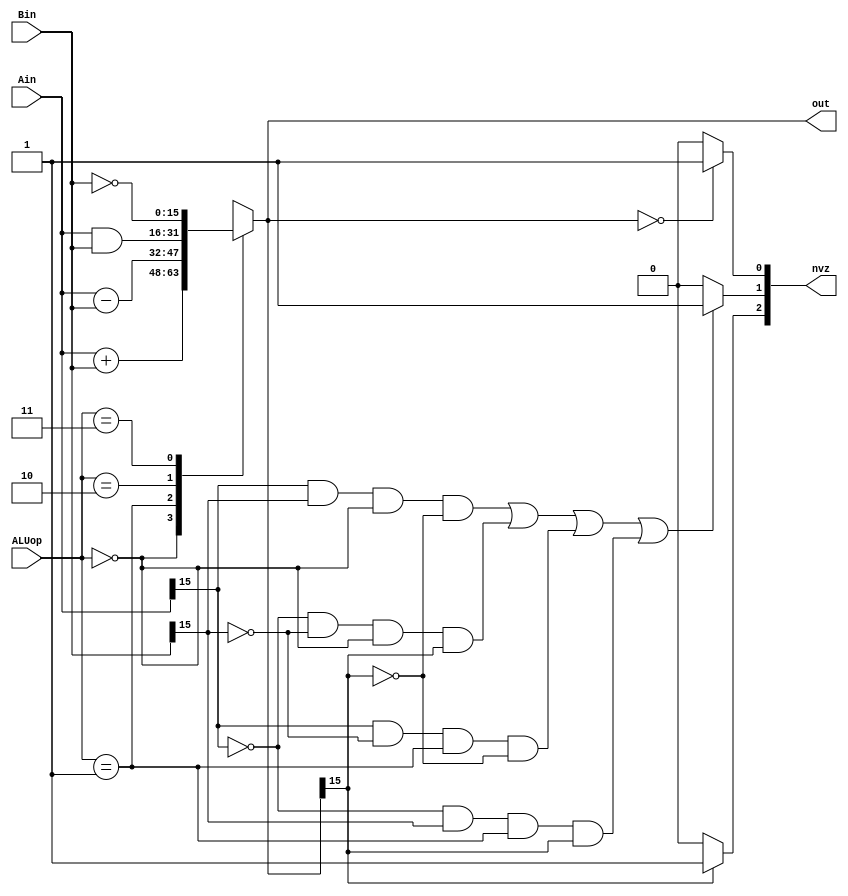

module ALU(Ain,Bin,ALUop,out,nvz);
  input [15:0] Ain, Bin;
  input [1:0] ALUop;
  output [15:0] out;
  output [2:0] nvz; //bit 0 refers to whether the output sums to 0
		    //bit 1 refers to whether or not overflow occured.
		    //bit 2 denotes if the number is negative or positive.  
  reg [15:0] outTemp; 
  reg [2:0] nvzTemp; 
//given a value of ALUop, we assign the result of an operation on Ain and Bin to a reg
always@(*) begin
  case (ALUop)
    2'b00: outTemp = Ain + Bin;
    2'b01: outTemp = Ain - Bin;
    2'b10: outTemp = Ain & Bin;
    2'b11: outTemp = ~Bin;
  endcase

  if(outTemp == 0) nvzTemp[0] = 1; 
  else nvzTemp[0] = 0; 

  if(outTemp[15] == 1) nvzTemp[2] = 1;
  else nvzTemp[2] = 0;

//The compuatation of overflow was taken from another students project. The contributers are mentined in the contributions.txt
if (
((Ain[15]&Bin[15])&&(ALUop==2'd0)&&(~out[15]))||
((~Ain[15]&~Bin[15])&&(ALUop==2'd0)&&(out[15]))||
((Ain[15]&~Bin[15])&&(ALUop==2'd1)&&(~out[15]))||
((~Ain[15]&Bin[15])&&(ALUop==2'd1)&&(out[15]))
) nvzTemp[1] = 1; //if out overflows v is one
else nvzTemp[1] = 0;


 

end
assign nvz = nvzTemp; 
assign out = outTemp; 
endmodule